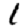
Digit: 1